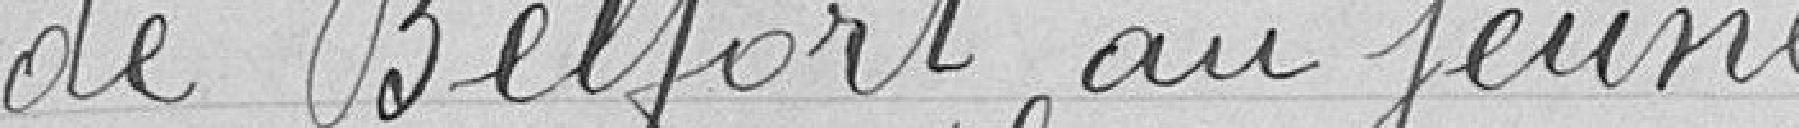
de Belfort au jeune